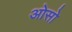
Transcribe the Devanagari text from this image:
ओसो